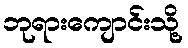
ဘုရားကျောင်းသို့